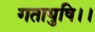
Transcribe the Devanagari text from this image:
गतायुषि।।